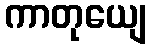
ကာတုယျေ